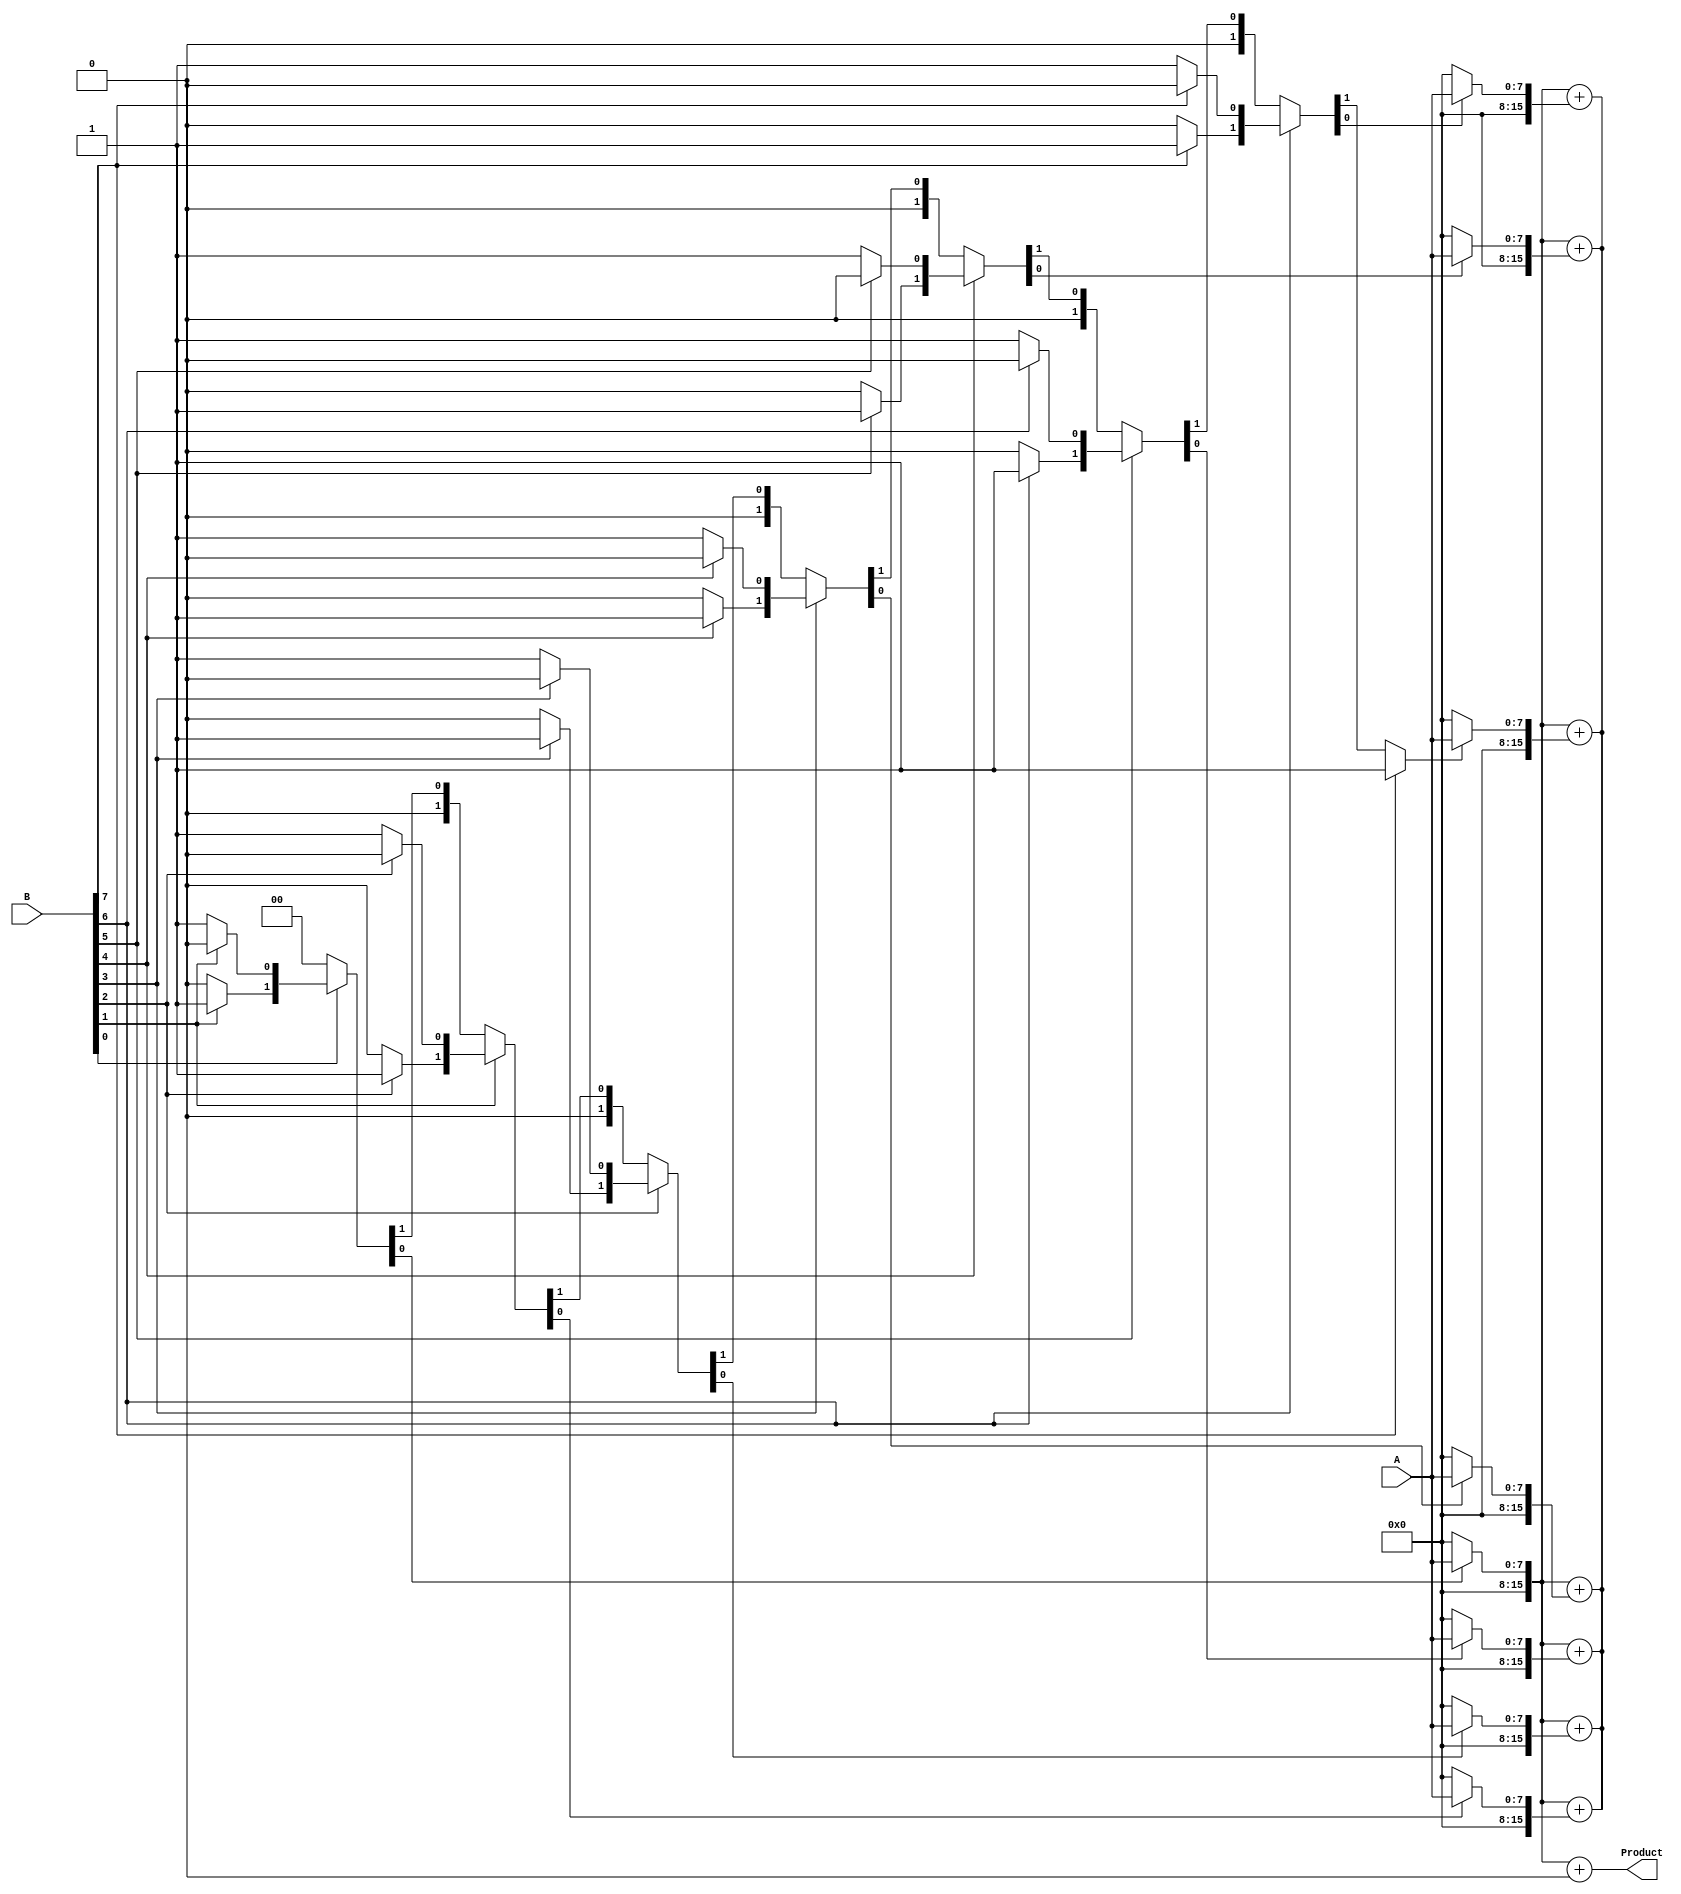
module csd_multiplier #(parameter WIDTH = 8)(
    input wire [WIDTH-1:0] A,
    input wire [WIDTH-1:0] B,
    output wire [2*WIDTH-1:0] Product
);

    // CSD conversion module
    function [WIDTH-1:0] to_csd;
        input [WIDTH-1:0] bin;
        integer i;
        reg [WIDTH-1:0] csd;
        begin
            csd = 0;
            for (i = 0; i < WIDTH; i = i + 1) begin
                if (bin[i] == 1) begin
                    if (i < WIDTH-1 && bin[i+1] == 1) begin
                        csd[i] = 0; // set to 0
                        csd[i+1] = 1; // carry to next position
                    end else begin
                        csd[i] = 1; // set to +1
                    end
                end
            end
            to_csd = csd;
        end
    endfunction

    // CSD representation of B
    wire [WIDTH-1:0] B_csd;
    assign B_csd = to_csd(B);

    // Partial product generation
    wire [2*WIDTH-1:0] pp [0:WIDTH-1]; // Partial products
    genvar j;
    generate
        for (j = 0; j < WIDTH; j = j + 1) begin : partial_products
            assign pp[j] = (B_csd[j] == 1) ? A : 
                            (B_csd[j] == 0) ? 0 : 
                            (~A + 1); // -A for CSD -1 representation
        end
    endgenerate

    // Accumulation using carry-save adder (CSA)
    wire [2*WIDTH-1:0] sum, carry;
    assign sum = pp[0];
    assign carry = 0;

    generate
        for (j = 1; j < WIDTH; j = j + 1) begin : cs_accumulation
            wire [2*WIDTH-1:0] temp_sum;
            wire [2*WIDTH-1:0] temp_carry;

            // Simple full adder for demonstration
            assign temp_sum = sum + pp[j];
            assign temp_carry = carry + (sum & pp[j]);

            assign sum = temp_sum;
            assign carry = temp_carry;
        end
    endgenerate

    // Final addition to get product
    assign Product = sum + carry;

endmodule